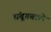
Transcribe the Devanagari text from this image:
चंबूगबाळे